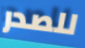
للصدر